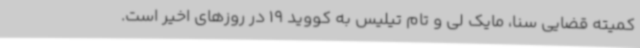
کمیته قضایی سنا، مایک لی و تام تیلیس به کووید 19 در روزهای اخیر است.